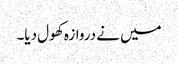
میں نے دروازہ کھول دیا۔